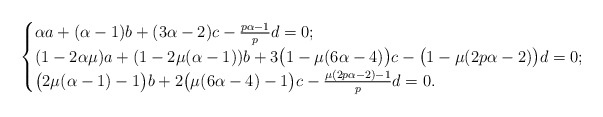
\begin{align*}\begin{cases}\alpha a+(\alpha-1)b+(3\alpha-2)c-\frac{p\alpha-1}{p}d=0;\\(1-2\alpha\mu)a+(1-2\mu(\alpha-1))b+3\big(1-\mu(6\alpha-4)\big)c-\big(1-\mu(2p\alpha-2)\big)d=0;\\\big(2\mu(\alpha-1)-1\big)b+2\big(\mu(6\alpha-4)-1\big)c-\frac{\mu(2p\alpha-2)-1}{p}d=0.\end{cases}\end{align*}